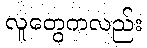
လူတွေကလည်း